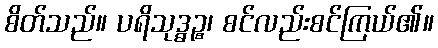
စိတ်သည်။ ပရိသုဒ္ဓဉ္စ၊ စင်လည်းစင်ကြယ်၏။